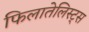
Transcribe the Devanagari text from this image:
फिलातेलिस्ट्स